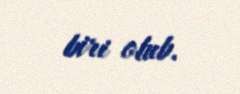
biri olub.